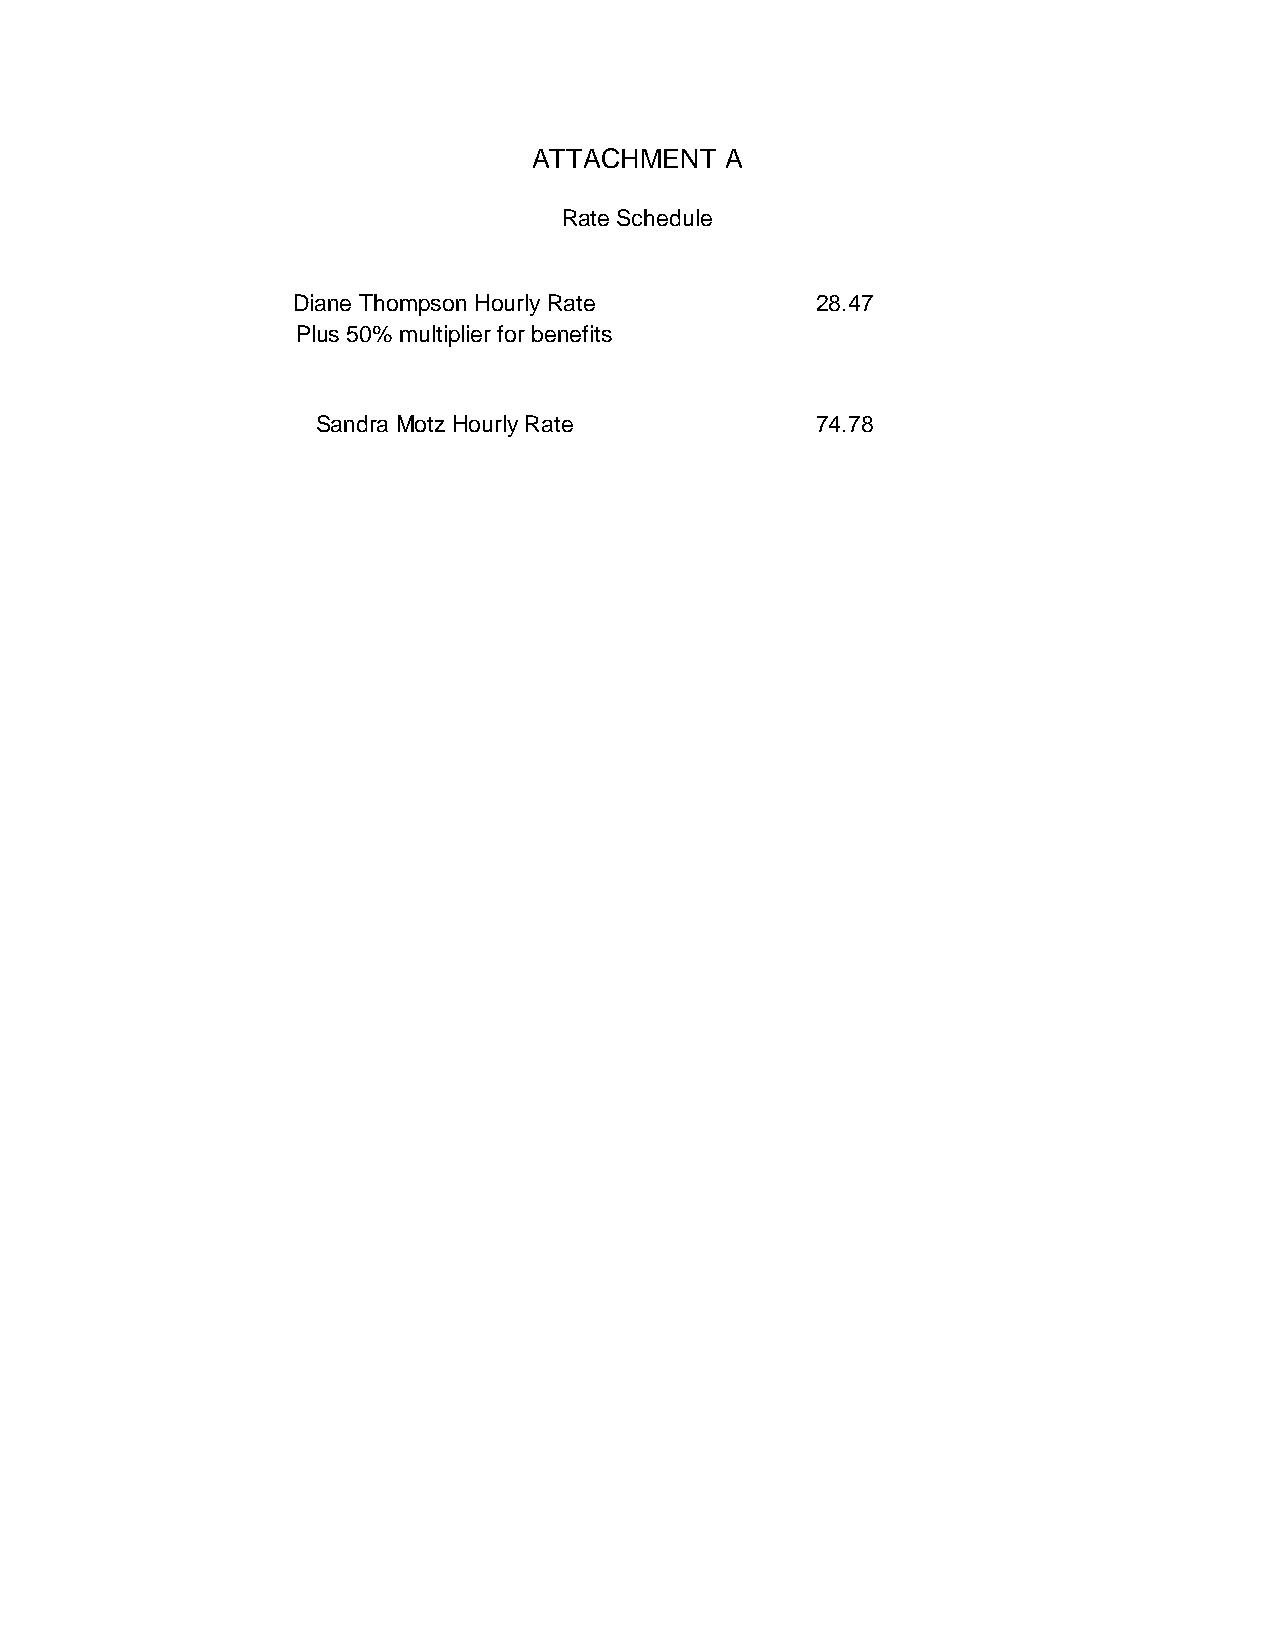
ATTACHMENT   A
 Rate Schedule
 Diane Thompson Hourly Rate         28.47
 Plus 50% multiplier for benefits
 Sandra Motz Hourly Rate          74.78